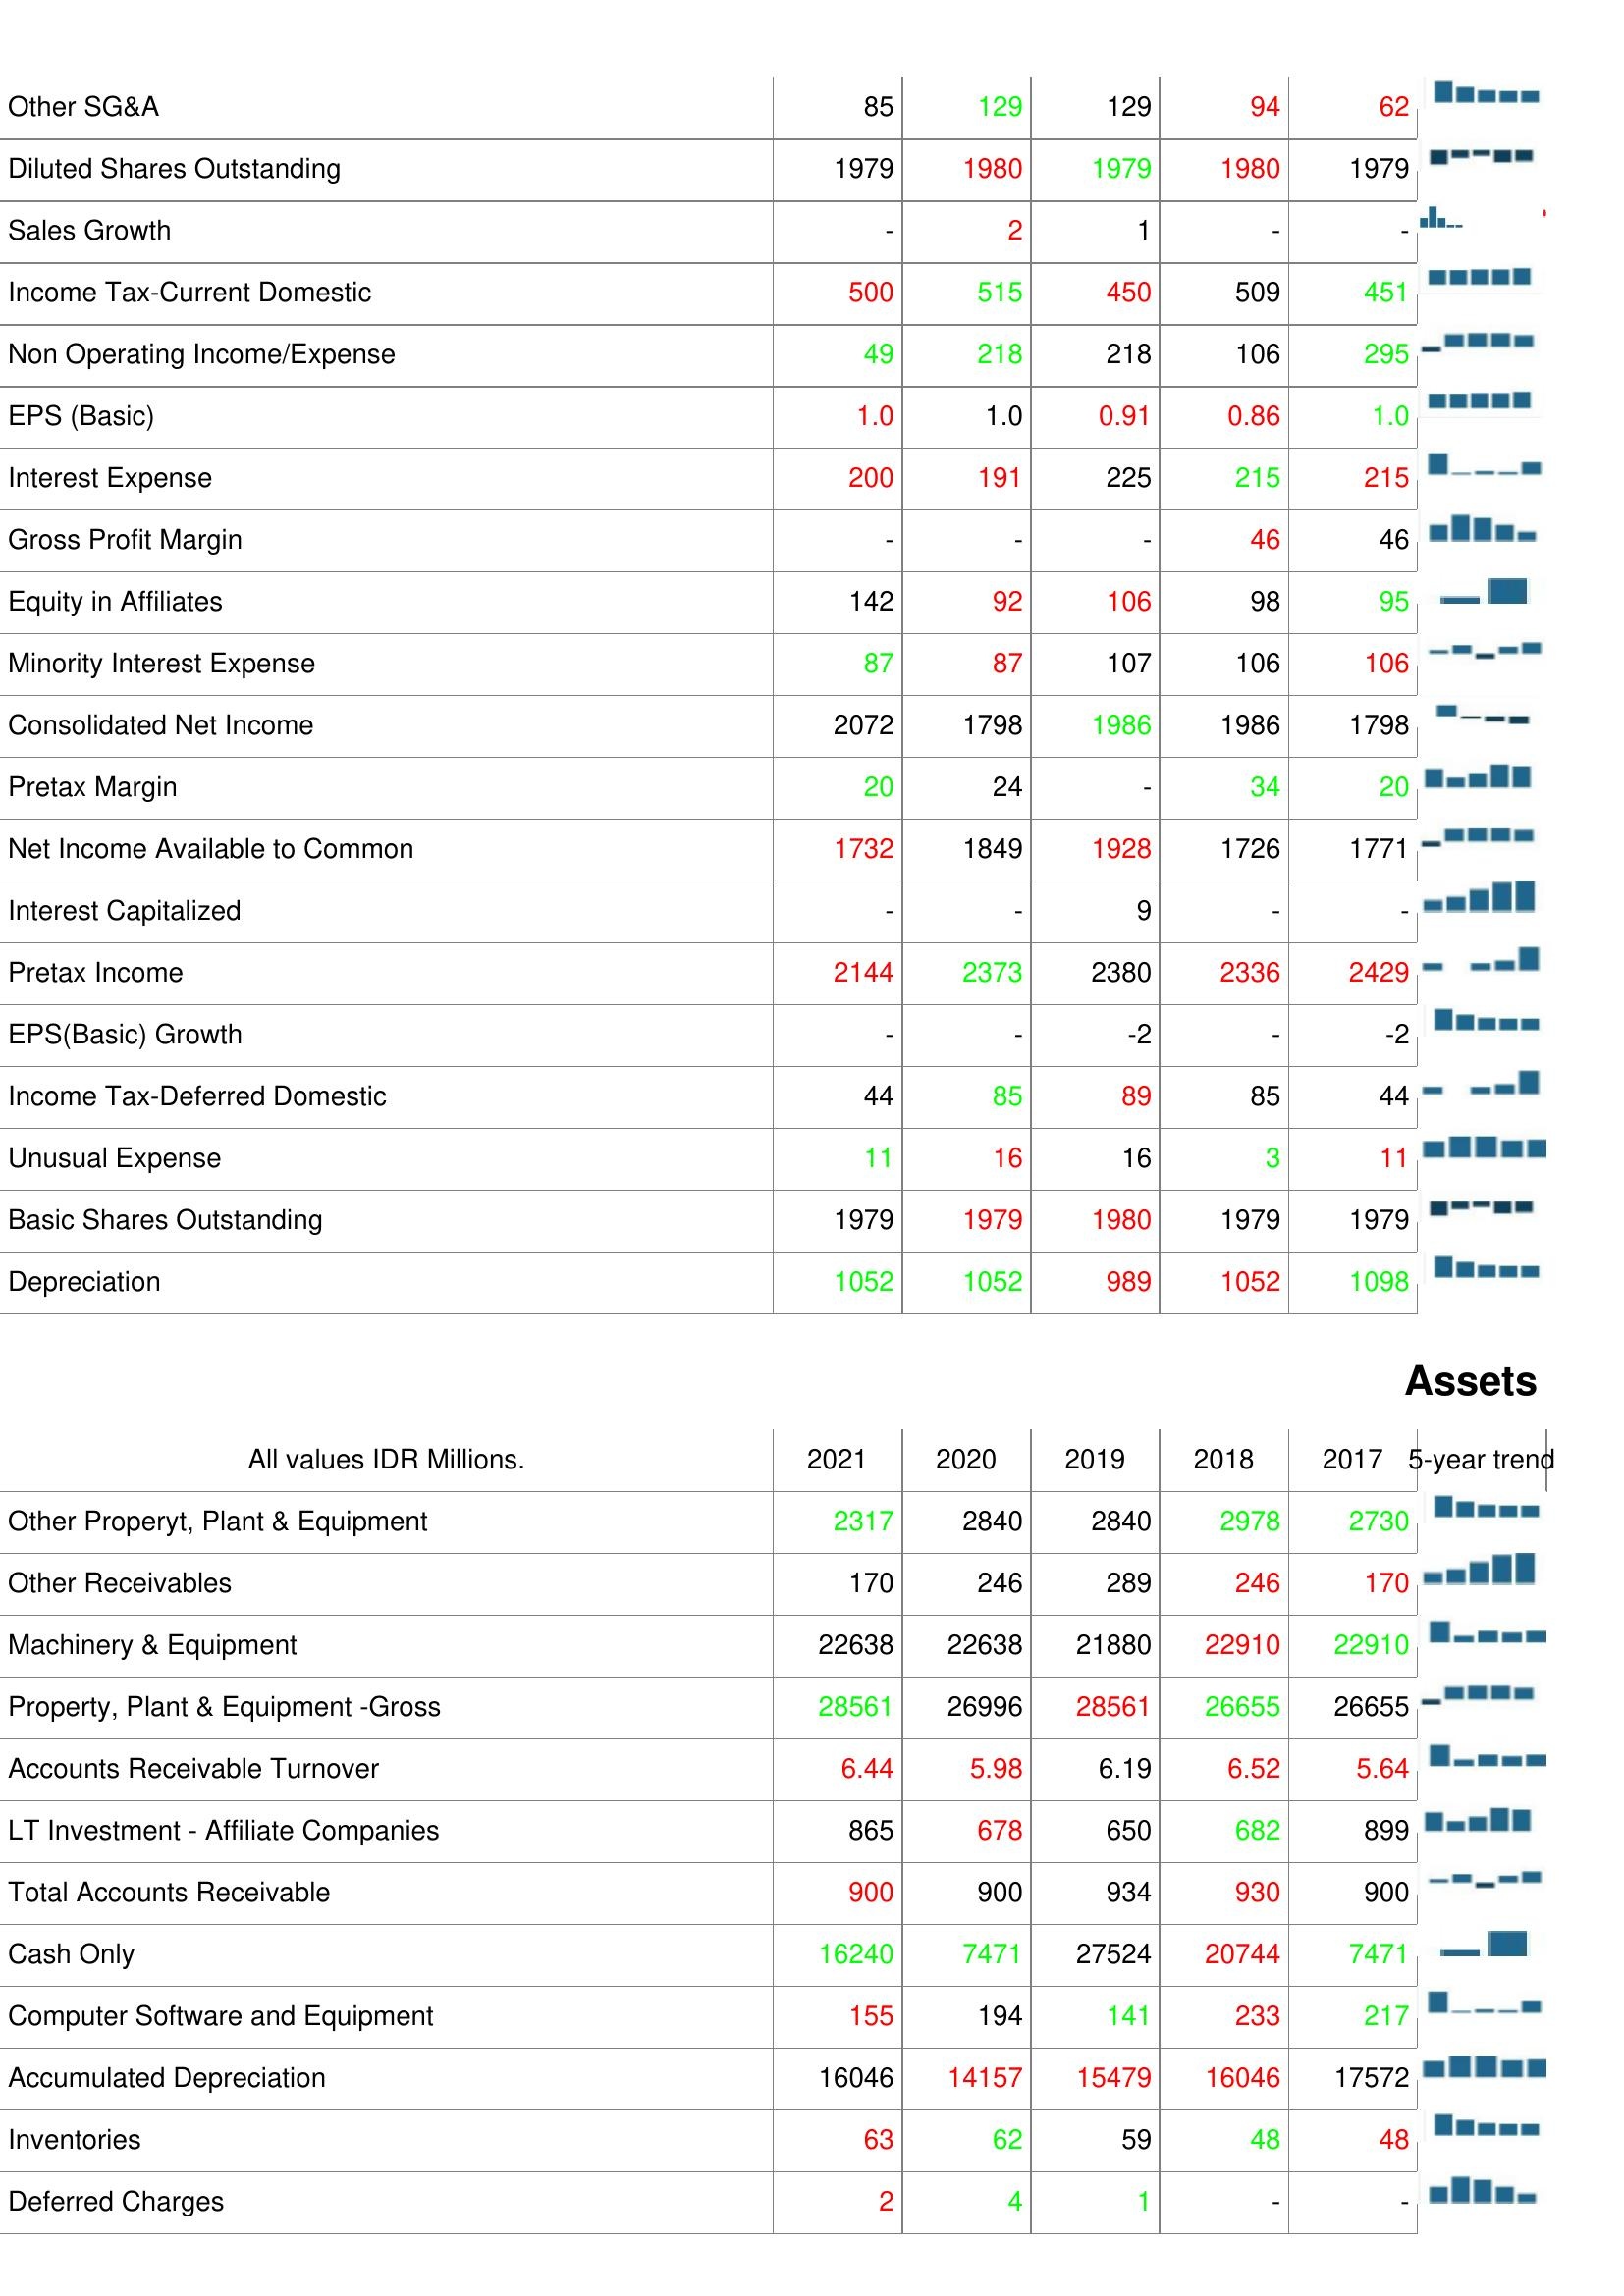
2021: : Other SG&A: 85
Diluted Shares Outstanding: 1979
Sales Growth: -
Income Tax-Current Domestic: 500
Non Operating Income/Expense: 49
EPS (Basic): 1.0
Interest Expense: 200
Gross Profit Margin: -
Equity in Affiliates: 142
Minority Interest Expense: 87
Consolidated Net Income: 2072
Pretax Margin: 20
Net Income Available to Common: 1732
Interest Capitalized: -
Pretax Income: 2144
EPS(Basic) Growth: -
Income Tax-Deferred Domestic: 44
Unusual Expense: 11
Basic Shares Outstanding: 1979
Depreciation: 1052
Assets: Other Properyt, Plant & Equipment: 2317
Other Receivables: 170
Machinery & Equipment: 22638
Property, Plant & Equipment -Gross: 28561
Accounts Receivable Turnover: 6.44
LT Investment - Affiliate Companies: 865
Total Accounts Receivable: 900
Cash Only: 16240
Computer Software and Equipment: 155
Accumulated Depreciation: 16046
Inventories: 63
Deferred Charges: 2
2020: : Other SG&A: 129
Diluted Shares Outstanding: 1980
Sales Growth: 2
Income Tax-Current Domestic: 515
Non Operating Income/Expense: 218
EPS (Basic): 1.0
Interest Expense: 191
Gross Profit Margin: -
Equity in Affiliates: 92
Minority Interest Expense: 87
Consolidated Net Income: 1798
Pretax Margin: 24
Net Income Available to Common: 1849
Interest Capitalized: -
Pretax Income: 2373
EPS(Basic) Growth: -
Income Tax-Deferred Domestic: 85
Unusual Expense: 16
Basic Shares Outstanding: 1979
Depreciation: 1052
Assets: Other Properyt, Plant & Equipment: 2840
Other Receivables: 246
Machinery & Equipment: 22638
Property, Plant & Equipment -Gross: 26996
Accounts Receivable Turnover: 5.98
LT Investment - Affiliate Companies: 678
Total Accounts Receivable: 900
Cash Only: 7471
Computer Software and Equipment: 194
Accumulated Depreciation: 14157
Inventories: 62
Deferred Charges: 4
2019: : Other SG&A: 129
Diluted Shares Outstanding: 1979
Sales Growth: 1
Income Tax-Current Domestic: 450
Non Operating Income/Expense: 218
EPS (Basic): 0.91
Interest Expense: 225
Gross Profit Margin: -
Equity in Affiliates: 106
Minority Interest Expense: 107
Consolidated Net Income: 1986
Pretax Margin: -
Net Income Available to Common: 1928
Interest Capitalized: 9
Pretax Income: 2380
EPS(Basic) Growth: -2
Income Tax-Deferred Domestic: 89
Unusual Expense: 16
Basic Shares Outstanding: 1980
Depreciation: 989
Assets: Other Properyt, Plant & Equipment: 2840
Other Receivables: 289
Machinery & Equipment: 21880
Property, Plant & Equipment -Gross: 28561
Accounts Receivable Turnover: 6.19
LT Investment - Affiliate Companies: 650
Total Accounts Receivable: 934
Cash Only: 27524
Computer Software and Equipment: 141
Accumulated Depreciation: 15479
Inventories: 59
Deferred Charges: 1
2018: : Other SG&A: 94
Diluted Shares Outstanding: 1980
Sales Growth: -
Income Tax-Current Domestic: 509
Non Operating Income/Expense: 106
EPS (Basic): 0.86
Interest Expense: 215
Gross Profit Margin: 46
Equity in Affiliates: 98
Minority Interest Expense: 106
Consolidated Net Income: 1986
Pretax Margin: 34
Net Income Available to Common: 1726
Interest Capitalized: -
Pretax Income: 2336
EPS(Basic) Growth: -
Income Tax-Deferred Domestic: 85
Unusual Expense: 3
Basic Shares Outstanding: 1979
Depreciation: 1052
Assets: Other Properyt, Plant & Equipment: 2978
Other Receivables: 246
Machinery & Equipment: 22910
Property, Plant & Equipment -Gross: 26655
Accounts Receivable Turnover: 6.52
LT Investment - Affiliate Companies: 682
Total Accounts Receivable: 930
Cash Only: 20744
Computer Software and Equipment: 233
Accumulated Depreciation: 16046
Inventories: 48
Deferred Charges: -
2017: : Other SG&A: 62
Diluted Shares Outstanding: 1979
Sales Growth: -
Income Tax-Current Domestic: 451
Non Operating Income/Expense: 295
EPS (Basic): 1.0
Interest Expense: 215
Gross Profit Margin: 46
Equity in Affiliates: 95
Minority Interest Expense: 106
Consolidated Net Income: 1798
Pretax Margin: 20
Net Income Available to Common: 1771
Interest Capitalized: -
Pretax Income: 2429
EPS(Basic) Growth: -2
Income Tax-Deferred Domestic: 44
Unusual Expense: 11
Basic Shares Outstanding: 1979
Depreciation: 1098
Assets: Other Properyt, Plant & Equipment: 2730
Other Receivables: 170
Machinery & Equipment: 22910
Property, Plant & Equipment -Gross: 26655
Accounts Receivable Turnover: 5.64
LT Investment - Affiliate Companies: 899
Total Accounts Receivable: 900
Cash Only: 7471
Computer Software and Equipment: 217
Accumulated Depreciation: 17572
Inventories: 48
Deferred Charges: -